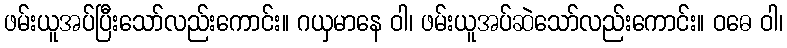
ဖမ်းယူအပ်ပြီးသော်လည်းကောင်း။ ဂယှမာနေ ဝါ၊ ဖမ်းယူအပ်ဆဲသော်လည်းကောင်း။ ဝဓေ ဝါ၊